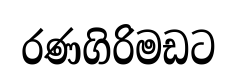
රණගිරිමඩට